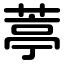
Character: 葶